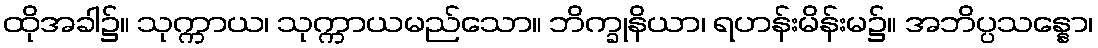
ထိုအခါ၌။ သုက္ကာယ၊ သုက္ကာယမည်သော။ ဘိက္ခုနိယာ၊ ရဟန်းမိန်းမ၌။ အဘိပ္ပသန္နော၊